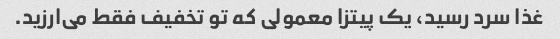
غذا سرد رسید، یک پیتزا معمولی که تو تخفیف فقط می‌ارزید.